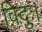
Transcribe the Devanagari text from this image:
विदुः।